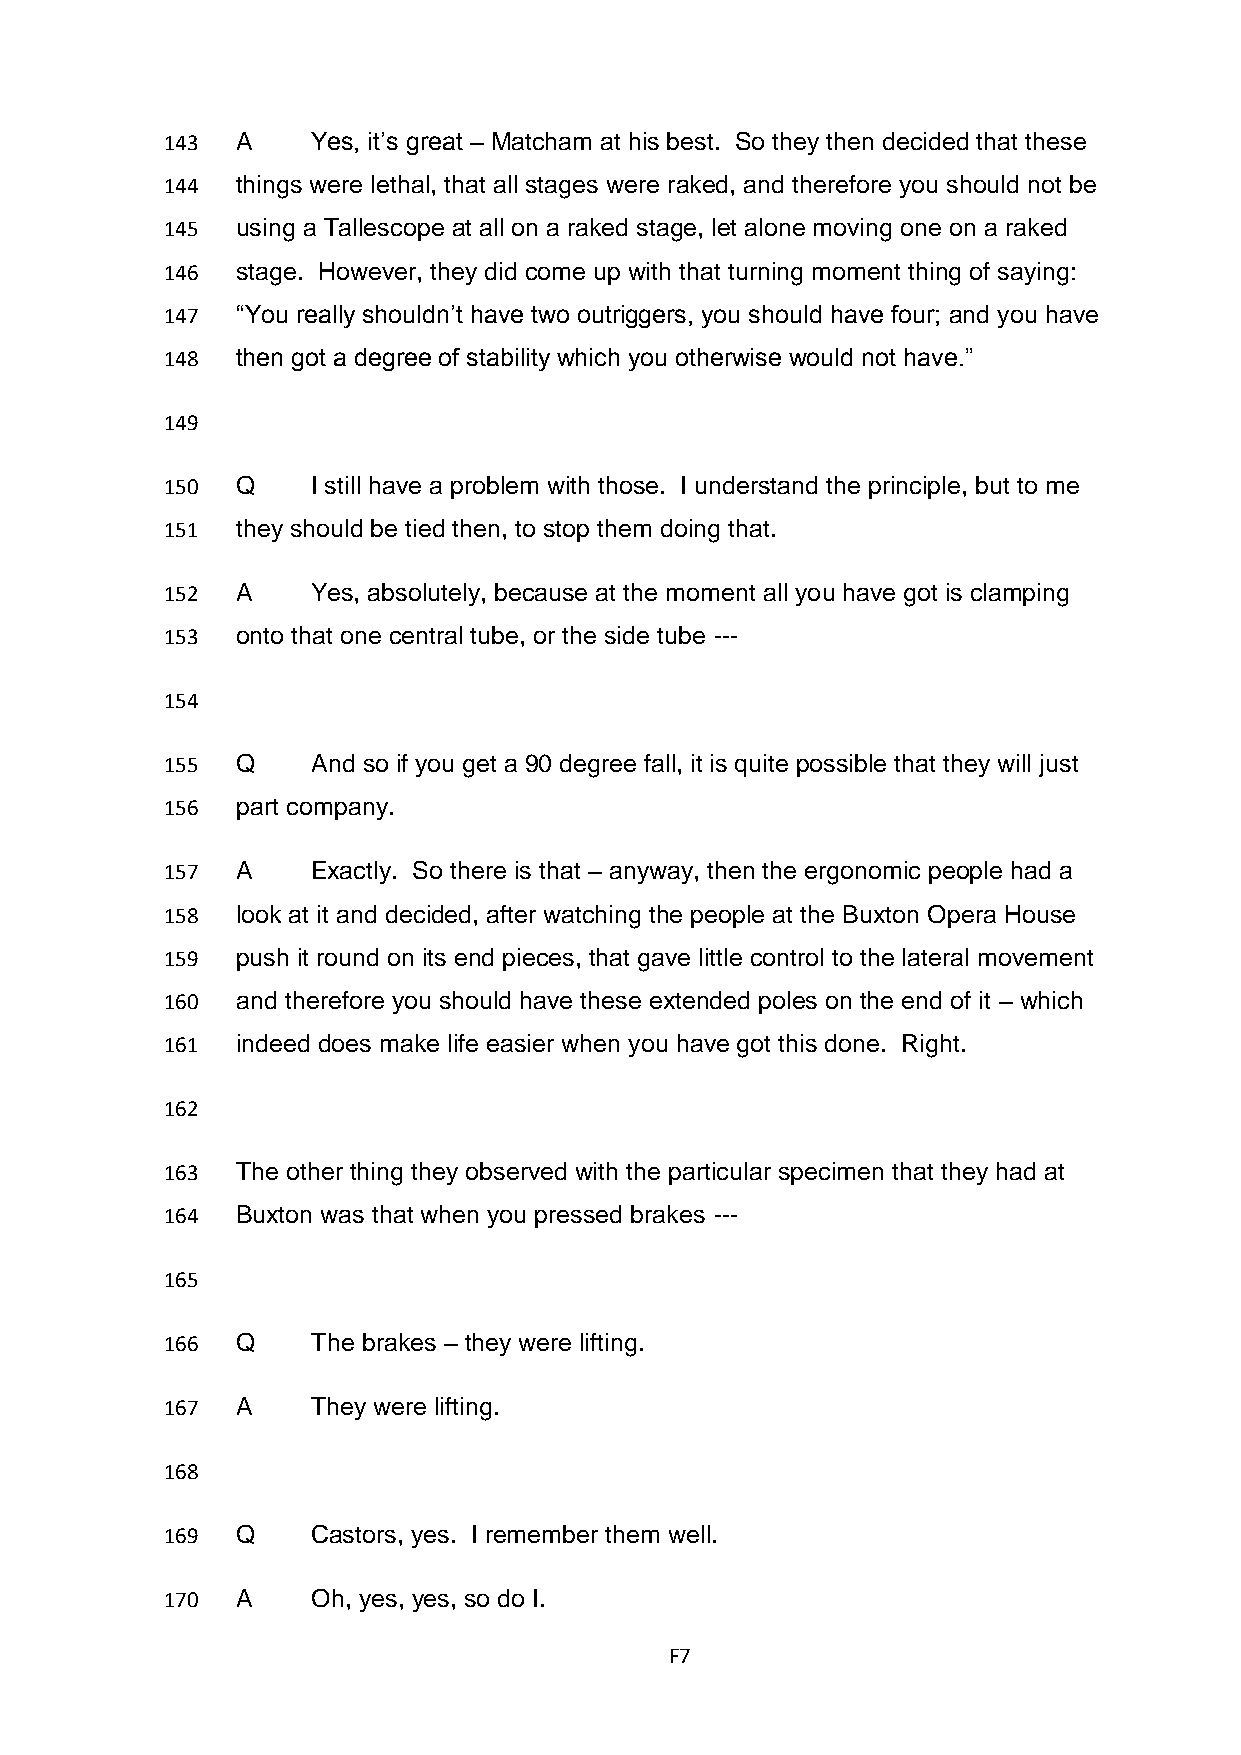
143  A    Yes, it’s great – Matcham at his best. So they then decided that these
 144  things were lethal, that all stages were raked, and therefore you should not be
 145  using a Tallescope at all on a raked stage, let alone moving one on a raked
 146  stage. However, they did come up with that turning moment thing of saying:
 147  “You really shouldn’t have two outriggers, you should have four; and you have
 148  then got a degree of stability which you otherwise would not have.”
 149
 150  Q    I still have a problem with those. I understand the principle, but to me
 151  they should be tied then, to stop them doing that.
 152  A    Yes, absolutely, because at the moment all you have got is clamping
 153  onto that one central tube, or the side tube ---
 154
 155  Q    And so if you get a 90 degree fall, it is quite possible that they will just
 156  part company.
 157  A    Exactly. So there is that – anyway, then the ergonomic people had a
 158  look at it and decided, after watching the people at the Buxton Opera House
 159  push it round on its end pieces, that gave little control to the lateral movement
 160  and therefore you should have these extended poles on the end of it – which
 161  indeed does make life easier when you have got this done. Right.
 162
 163  The other thing they observed with the particular specimen that they had at
 164  Buxton was that when you pressed brakes ---
 165
 166  Q    The brakes – they were lifting.
 167  A    They were lifting.
 168
 169  Q    Castors, yes. I remember them well.
 170  A    Oh, yes, yes, so do I.
 F7